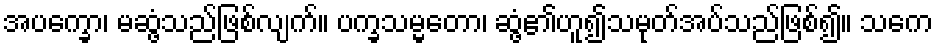
အပက္ခော၊ မဆွံ့သည်ဖြစ်လျက်။ ပက္ခသမ္မတော၊ ဆွံ့၏ဟူ၍သမုတ်အပ်သည်ဖြစ်၍။ သကေ